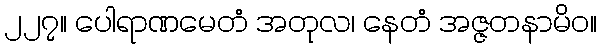
၂၂၇။ ပေါရာဏမေတံ အတုလ၊ နေတံ အဇ္ဇတနာမိဝ။